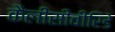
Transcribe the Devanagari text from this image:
कैलीसीवीरिडे